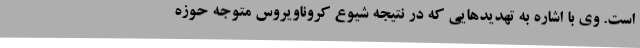
است. وی با اشاره به تهدیدهایی که در نتیجه شیوع کروناویروس متوجه حوزه